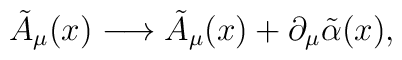
\tilde{A}_\mu(x) \longrightarrow \tilde{A}_\mu(x) + \partial_\mu    \tilde{\alpha}(x),